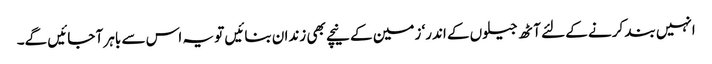
انہیں بند کرنے کے لئے آٹھ جیلوں کے اندر‘ زمین کے نیچے بھی زندان بنائیں تو یہ اس سے باہر آ جائیں گے۔